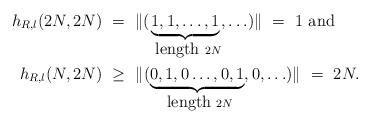
LaTeX: \begin{align*}h_{R,l}(2N,2N) &\ =\ \|(\underbrace{1,1,\ldots, 1}_{\mbox{ length }2N}, \ldots)\|\ =\ 1\mbox{ and }\\ h_{R,l}(N, 2N) &\ \ge\ \|(\underbrace{0,1,0\ldots, 0, 1}_{\mbox{ length }2N}, 0, \ldots)\| \ =\ 2N.\end{align*}